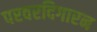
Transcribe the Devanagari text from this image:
परवरदिगारन